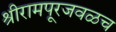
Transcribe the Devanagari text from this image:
श्रीरामपूरजवळच